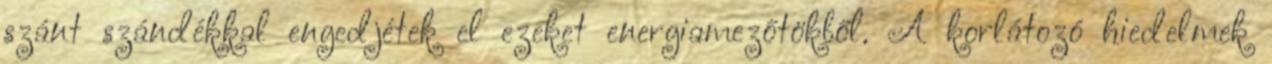
szánt szándékkal engedjétek el ezeket energiamezőtökből. A korlátozó hiedelmek